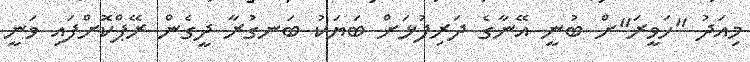
މިއަދު "ހަވީރަ"ށް ބުނީ އޭނާގެ ދަރިފުޅަށް ބަޔަކު ބަނގުރާ ދީގެން ރޭޕްކޮށްފައި ވަނީ